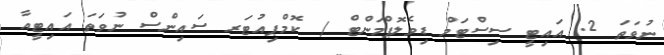
ނުވަތަ 2. އައިޓީ ސިސްޓަމް ޑިވެލޮޕްމަންޓް / ކޮމްޕިއުޓަރ ސައިންސް ނުވަތަ އައިޓީއާ